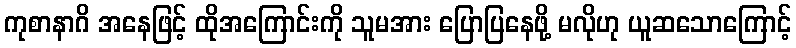
ကုစာနာဂိ အနေဖြင့် ထိုအကြောင်းကို သူမအား ပြောပြနေဖို့ မလိုဟု ယူဆသောကြောင့်